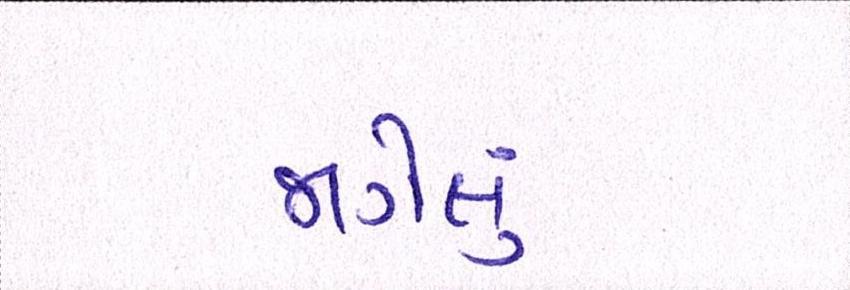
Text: જાગેલું